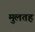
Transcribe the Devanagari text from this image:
मुलतह